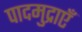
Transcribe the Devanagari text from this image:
पादमुद्राएँ